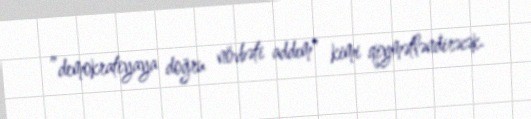
”demokratiyaya doğru növbəti addım" kimi qiymətləndirəcək.